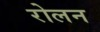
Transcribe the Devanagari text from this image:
रोलन